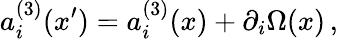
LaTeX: a_{i}^{(3)}(x^{\prime})=a_{i}^{(3)}(x)+\partial_{i}\Omega(x)\, ,